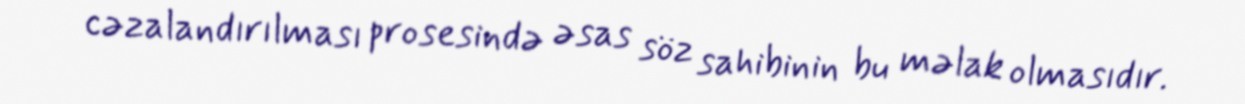
cəzalandırılması prosesində əsas söz sahibinin bu məlak olmasıdır.